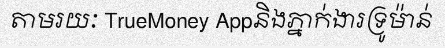
តាមរយៈ TrueMoney Appនិងភ្នាក់ងារទ្រូម៉ាន់